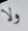
ولا